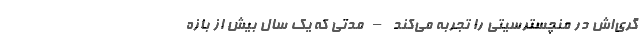
گری‌اش در منچسترسیتی را تجربه می‌کند – مدتی که یک سال بیش از بازه